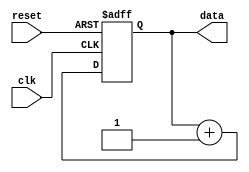
module repeat_loop (
    input wire clk,          // Clock signal
    input wire reset,        // Reset signal to exit the loop
    output reg [7:0] data    // Example output data
);

    // Initialization
    initial begin
        data = 8'b0; // Initialize data
    end

    // Always block to represent the repeat loop
    always @(posedge clk or posedge reset) begin
        if (reset) begin
            // Handle reset condition
            data <= 8'b0; // Reset data or perform other reset actions
        end else begin
            // Repeat loop body
            // Example operation: Increment data
            data <= data + 1;
        end
    end

endmodule